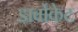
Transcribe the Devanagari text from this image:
डार्वोकेट